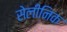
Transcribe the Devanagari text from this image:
सेलीनिक